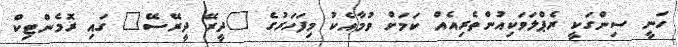
ހަނީ ސިންގަކީ ރެޕްލަވަކިއުންތެރިއެއް ކަމަށް ވުމާއެކު މިފަހަރުގެ "ދީރޭ ދީރޭސޭ" ގައި ރޮމެންޓިކް